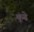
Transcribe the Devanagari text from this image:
कूंढे